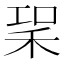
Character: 𥞣